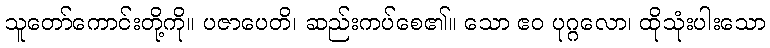
သူတော်ကောင်းတို့ကို။ ပဇာပေတိ၊ ဆည်းကပ်စေ၏။ သော ဧဝ ပုဂ္ဂလော၊ ထိုသုံးပါးသော